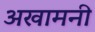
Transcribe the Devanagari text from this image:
अखामनी